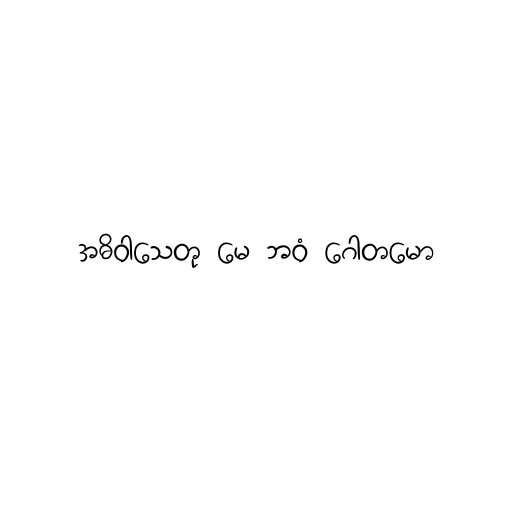
အဓိဝါသေတု မေ ဘဝံ ဂေါတမော